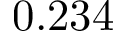
0 . 2 3 4